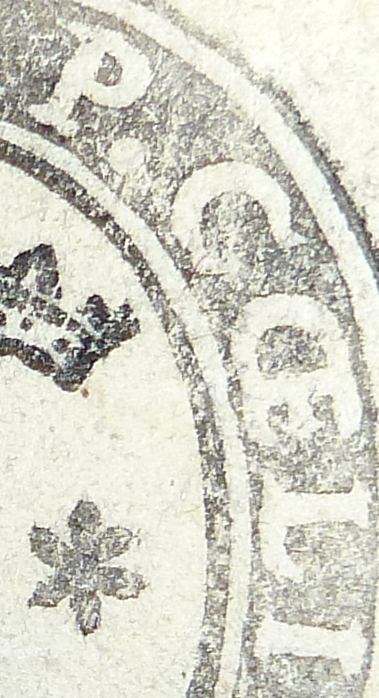
P.CCELI